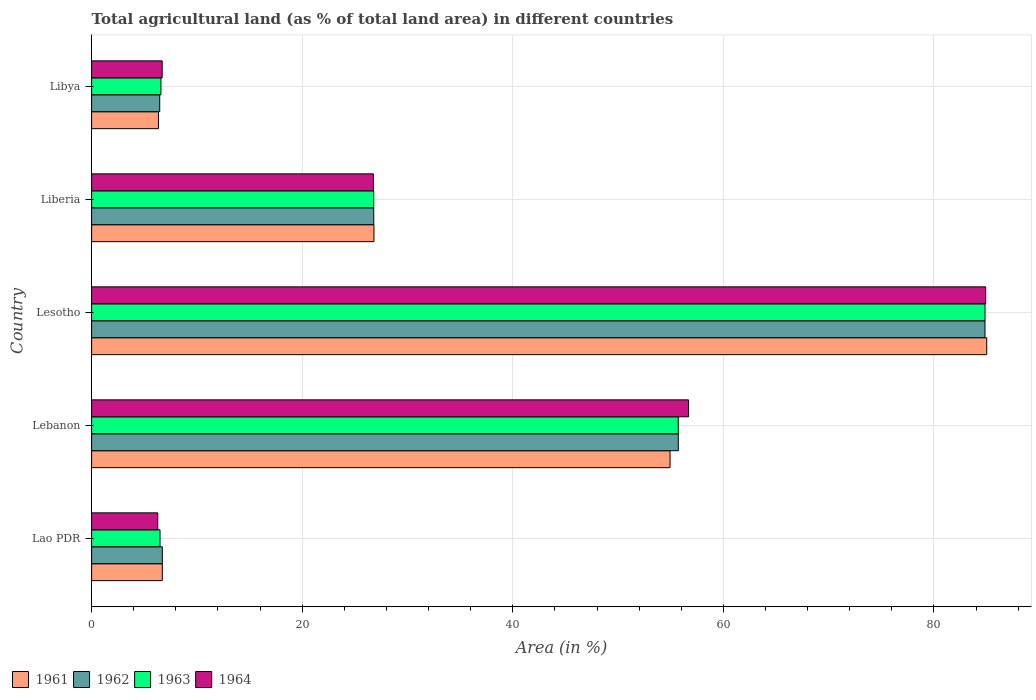
| Country | 1961 | 1962 | 1963 | 1964 |
 | --- | --- | --- | --- | --- |
 | Lao PDR | 6.72 | 6.72 | 6.5 | 6.28 |
 | Lebanon | 54.9 | 55.7 | 55.7 | 56.7 |
 | Lesotho | 85 | 84.8 | 84.8 | 84.9 |
 | Liberia | 26.8 | 26.8 | 26.8 | 26.8 |
 | Libya | 6.35 | 6.47 | 6.58 | 6.7 |